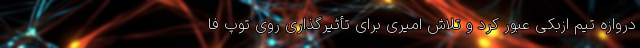
دروازه تیم ازبکی عبور کرد و تلاش امیری برای تأثیرگذاری روی توپ فا